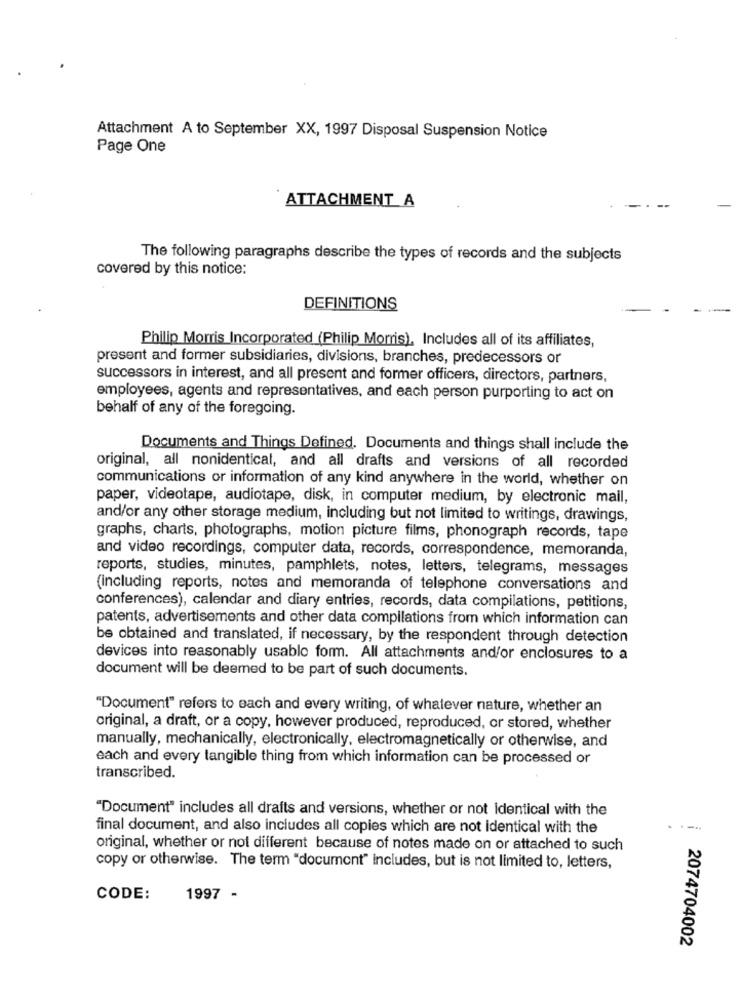
Attachment A to September XX, 1997 Disposal Suspension Notice
Page One
ATTACHMENT A
The following paragraphs describe the types of records and the subjects
covered by this notice:
DEFINITIONS
Philip Morris Incorporated (Philip Morris), Includes all of its affiliates,
present and former subsidiaries, divisions, branches, predecessors or
successors in interest, and all present and former officers, directors, partners,
employees, agents and representatives, and each person purporting to act on
behalf of any of the foregoing.
Documents and Things Defined. Documents and things shall include the
original, all nonidentical, and all drafts and versions of all recorded
communications or information of any kind anywhere in the world, whether on
paper, videotape, audiotape, disk, in computer medium, by electronic mail,
and/or any other storage medium, including but not limited to writings, drawings,
graphs, charts, photographs, motion picture films, phonograph records, tape
and video recordings, computer data, records, correspondence, memoranda,
reports, studies, minutes, pamphlets, notes, letters, telegrams, messages
(including reports, notes and memoranda of telephone conversations and
conferences), calendar and diary entries, records, data compilations, petitions,
patents, advertisements and other data compilations from which information can
be obtained and translated, if necessary, by the respondent through detection
devices into reasonably usablo form. All attachments and/or enclosures to a
document will be deemed to be part of such documents.
"Document" refers to each and every writing, of whatever nature, whether an
original, a draft, or a copy, however produced, reproduced, or stored, whether
manually, mechanically, electronically, electromagnetically or otherwise, and
each and every tangible thing from which information can be processed or
transcribed.
"Document" includes all drafts and versions, whether or not identical with the
final document, and also includes all copies which are not identical with the
original, whether or not different because of notes made on or attached to such
copy or otherwise. The term "document" includes, but is not limited to, letters,
CODE:
1997 -
2074704002